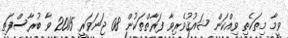
ވީމާ މިތަކެތި ވިއްކަން ޝައުޤުވެރިވާ ފަރާތްތަކުން 08 ޖަނަވަރީ 2015 ވާ ބުރާސްފަތި